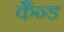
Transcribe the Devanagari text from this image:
कैंन्ड